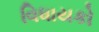
વિધાયકો